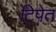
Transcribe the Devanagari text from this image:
टिपेत